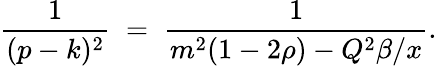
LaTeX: {\frac{1}{(p-k)^{2}}}\; =\; {\frac{1}{m^{2}(1-2\rho)-Q^{2}\beta/x}}.